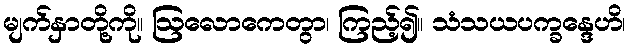
မျက်နှာတို့ကို။ ဩလောကေတွာ၊ ကြည့်၍။ သံသယပက္ခန္ဒေဟိ၊